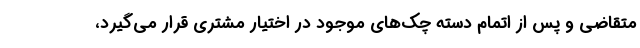
متقاضی و پس از اتمام دسته چک‌های موجود در اختیار مشتری قرار می‌گیرد،